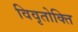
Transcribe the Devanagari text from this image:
विवृतोक्ति